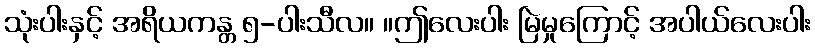
သုံးပါးနှင့် အရိယကန္တ ၅-ပါးသီလ။ ။ဤလေးပါး မြဲမှုကြောင့် အပါယ်လေးပါး